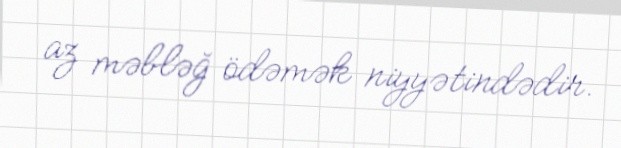
az məbləğ ödəmək niyyətindədir.